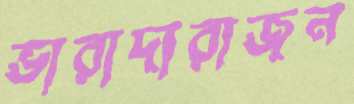
ভারাদারাজন